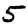
Digit: 5